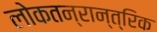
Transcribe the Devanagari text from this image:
लोकतन्रान्त्रिक